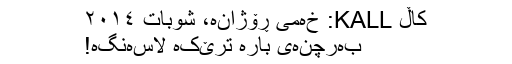
کاڵ KALL: خەمی ڕۆژانە، شوبات ٢٠١٤
بەرچنەی بارە ترێکە لاسەنگە!